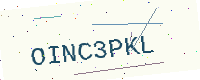
Text: OINC3PKL